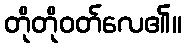
တိုတိုဝတ်လေ၏။